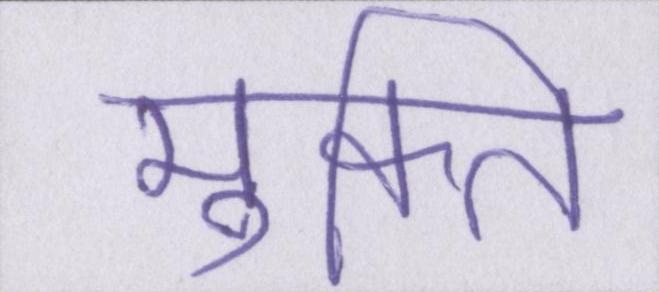
मुक्ति